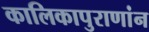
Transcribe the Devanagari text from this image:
कालिकापुराणांन